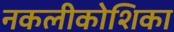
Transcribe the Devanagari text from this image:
नकलीकोशिका